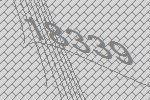
18339